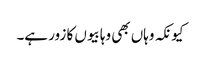
کیونکہ وہاں بھی وہابیوں کا زور ہے۔